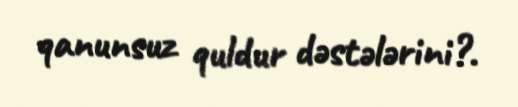
qanunsuz quldur dəstələrini?.